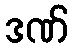
ဒဏ်